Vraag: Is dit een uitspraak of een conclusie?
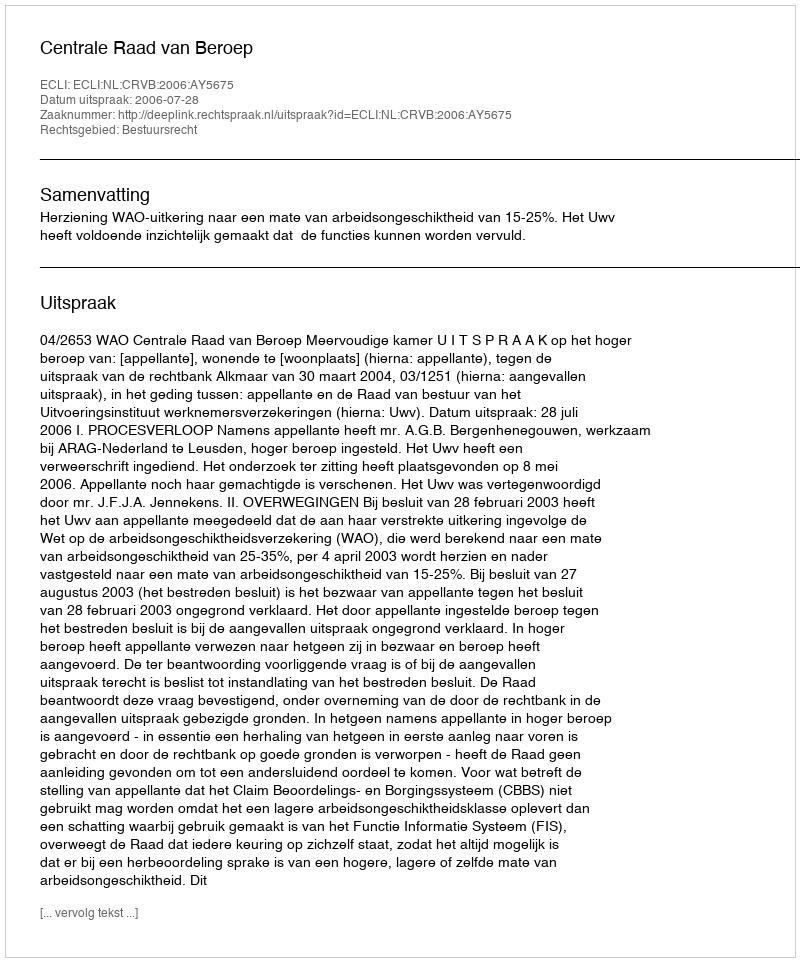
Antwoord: Uitspraak